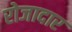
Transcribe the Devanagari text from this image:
रोजादार